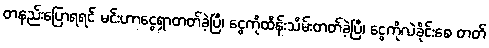
တနည်းပြောရရင် မင်းဟာငွေရှာတတ်ခဲ့ပြီ၊ ငွေကိုထိန်းသိမ်းတတ်ခဲ့ပြီ၊ ငွေကိုလဲခိုင်းစေ တတ်